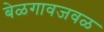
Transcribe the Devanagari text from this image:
बेळगावजवळ